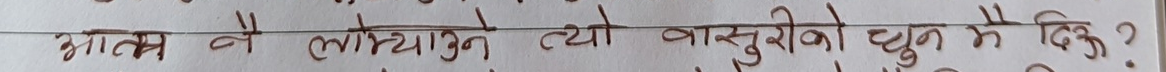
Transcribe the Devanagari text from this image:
चाल्छ नै लोभ्याउने त्यो बाँसुरीको धुन नै दिऊ?